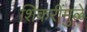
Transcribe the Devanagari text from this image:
शिकरींमुळे